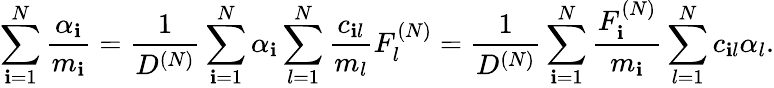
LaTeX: \sum_{\mathbf{i}=1}^{N}\frac{{\alpha_{\mathbf{i}}}}{{m_{\mathbf{i}}}}=\frac{{1}}{{D^{(N)}}}\sum_{\mathbf{i}=1}^{N}\alpha_{\mathbf{i}}\sum_{l=1}^{N}\frac{{c_{\mathbf{i}l}}}{{m_{l}}}F_{l}^{(N)}=\frac{{1}}{{D^{(N)}}}\sum_{\mathbf{i}=1}^{N}\frac{{F_{\mathbf{i}}^{(N)}}}{{m_{\mathbf{i}}}}\sum_{l=1}^{N}c_{\mathbf{i}l}\alpha_{l}.